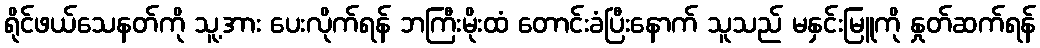
ရိုင်ဖယ်သေနတ်ကို သူ့အား ပေးလိုက်ရန် ဘကြီးမိုးထံ တောင်းခံပြီးနောက် သူသည် မနှင်းမြူကို နှုတ်ဆက်ရန်